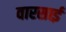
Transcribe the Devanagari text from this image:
वारसाई